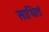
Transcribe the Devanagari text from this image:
साधितं